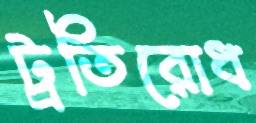
ট্রতিরোধ